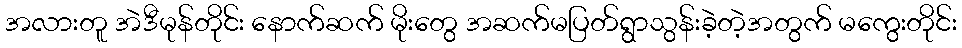
အလားတူ အဲဒီမုန်တိုင်း နောက်ဆက် မိုးတွေ အဆက်မပြတ်ရွာသွန်းခဲ့တဲ့အတွက် မကွေးတိုင်း